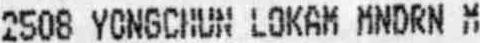
2508 YONGCHUN LOKAM MNDRN M